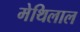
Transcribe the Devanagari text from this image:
मेथिलाल